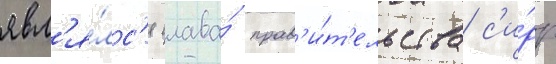
явл'я́лс'я глава́ прав'и́т'ельства с'и́рр